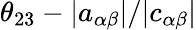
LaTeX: \theta_{23}-|a_{\alpha\beta}|/|c_{\alpha\beta}|